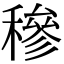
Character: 穇